Statistical return of the lunatic asylum in Assam - 1912-1932
Year: 1912
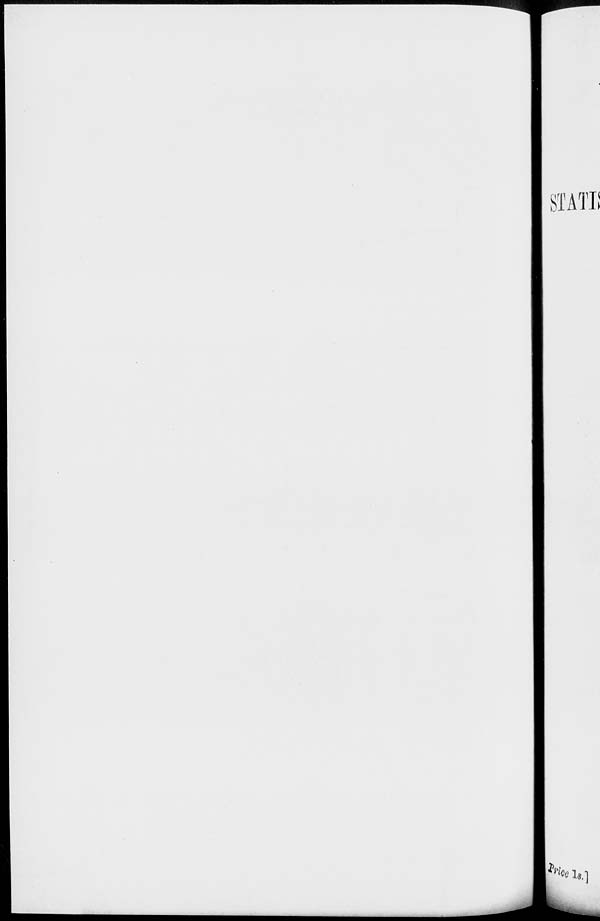
<N1 A WT<
h ^ h.]